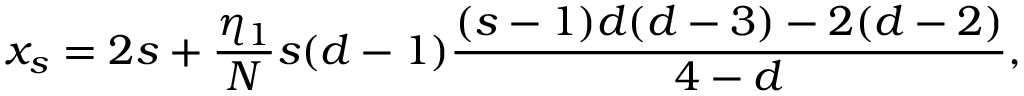
x _ { s } = 2 s + \frac { \eta _ { 1 } } { N } s ( d - 1 ) \frac { ( s - 1 ) d ( d - 3 ) - 2 ( d - 2 ) } { 4 - d } ,